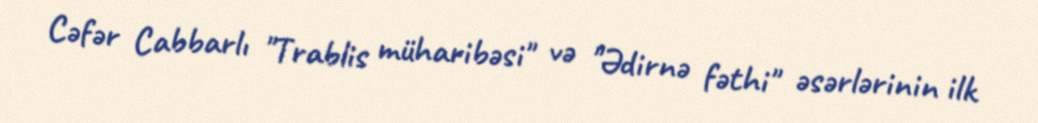
Cəfər Cabbarlı "Trablis müharibəsi" və "Ədirnə fəthi" əsərlərinin ilk